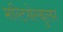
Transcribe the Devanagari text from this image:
मल्टिसेल्युलर